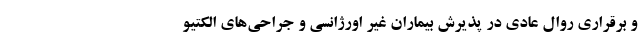
و برقراری روال عادی در پذیرش بیماران غیر اورژانسی و جراحی‌های الکتیو